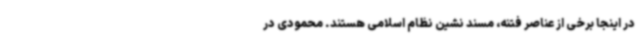
در اینجا برخی از عناصر فتنه، مسند نشین نظام اسلامی هستند. محمودی در